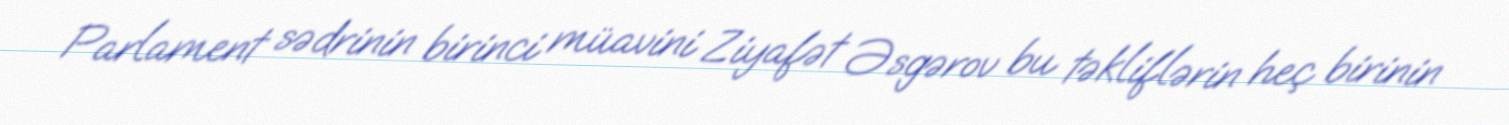
Parlament sədrinin birinci müavini Ziyafət Əsgərov bu təkliflərin heç birinin